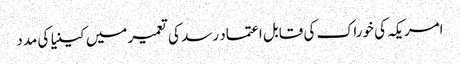
امریکہ کی خوراک کی قابل اعتماد رسد کی تعمیر میں کینیا کی مدد